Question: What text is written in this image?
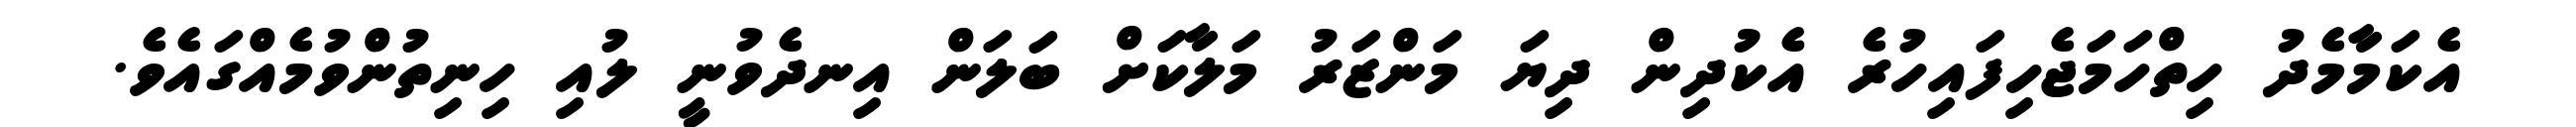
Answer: އެކަމާމެދު ހިތްހަމަޖެހިފައިހުރެ އެކުދިން ދިޔަ މަންޒަރު މަލާކަށް ބަލަން އިނދެވުނީ ލުއި ހިނިތުންވުމެއްގައެވެ.